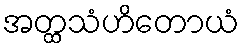
အတ္ထသံဟိတောယံ